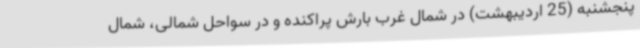
پنجشنبه (25 اردیبهشت) در شمال غرب بارش پراکنده و در سواحل شمالی، شمال